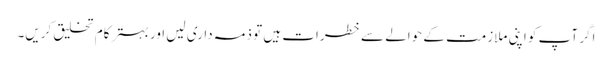
اگر آپ کو اپنی ملازمت کے حوالے سے خطرات ہیں تو ذمہ داری لیں اور بہتر کام تخلیق کریں۔